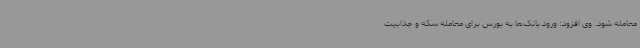
معامله شود. وی افزود: ورود بانک‌ها به بورس برای معامله سکه و جذابیت